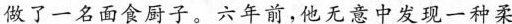
做了一名面食厨子。六年前，他无意中发现一种柔